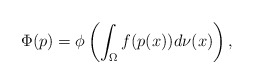
\begin{align*} \Phi(p) = \phi\left(\int_{\Omega} f(p(x))d\nu(x)\right),\end{align*}